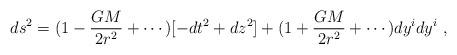
LaTeX: \begin{align*}ds^2=(1-{GM\over2r^2}+\cdots)[-dt^2+dz^2]+(1+{GM\over2r^2}+\cdots)dy^idy^i\ ,\end{align*}